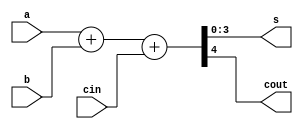
// ci74183.v - somador subtrator de 4 bits com carry out
module ci74183 (
  input [3:0] a,
  input [3:0] b,
  input cin,
  output [3:0] s,
  output cout
);
  assign {cout, s} = a + b + cin;
endmodule